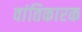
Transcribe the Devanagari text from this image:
वांतिकारक